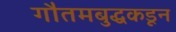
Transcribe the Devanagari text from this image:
गौतमबुद्धकडून